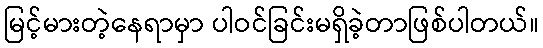
မြင့်မားတဲ့နေရာမှာ ပါဝင်ခြင်းမရှိခဲ့တာဖြစ်ပါတယ်။